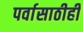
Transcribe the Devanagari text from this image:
पर्वासाठीही